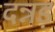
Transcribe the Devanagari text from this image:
दन्नड़